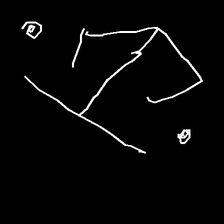
Glyph: earth